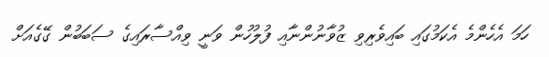
ހަމަ އެހެންމެ އެކަމުގައި ބައިވެރިވި ޒުވާނުންނާއި ފުލުހުން ވަނީ ވިއްސާރައިގެ ސަބަބުން ގޭގެއަށް